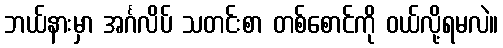
ဘယ်နားမှာ အင်္ဂလိပ် သတင်းစာ တစ်စောင်ကို ဝယ်လို့ရမလဲ။